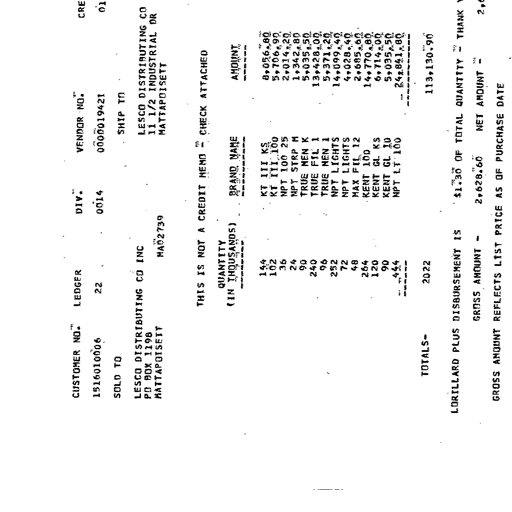
CUSTOMER NO.
1516010006
LEDGER
22
DIV.
0014
VENDOR NO.
0000019421
CRE
01
SOLD TO
LESCO DISTRIBUTING CO INC
PO BOX 1198
MATTAPOISETT
MA02739
SHIP TO
LESCO DISTRIBUTING CO
11 1/2 INDUSTRIAL DR
MATTAPOISETT
THIS IS NOT A CREDIT MEMO - CHECK ATTACHED
QUANTITY
(IN THOUSANDS)
BRAND NAME
AMOUNT
144
102
36
24
90
240
96
252
72
48
264
120
90
444
KT III KS
KT III 100
NPT 100 25
NPT STRP M
TRUE MEN K
TRUE FIL 1
TRUE MEN 1
NPT LIGHTS
NPT LIGHTS
MAX FIL 12
KENT 100
KENT GL KS
KENT GL 10
NPT LT 100
8,056.80
5,706.90
2,014.20
1,342.80
5,035.50
13,428.00
5,371.20
14,099.40
4,028.40
2,685.60
14,770.80
6,714.00
5,035.50
24,841.80
TOTALS-
2022
113,130.90
LORILLARD PLUS DISBURSEMENT IS
$1.30 OF TOTAL QUANTITY - THANK
GROSS AMOUNT -
2,828.60
NET AMOUNT -
2,6
GROSS AMOUNT REFLECTS LIST PRICE AS OF PURCHASE DATE